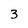
Character: 3